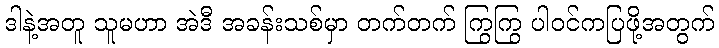
ဒါနဲ့အတူ သူမဟာ အဲဒီ အခန်းသစ်မှာ တက်တက် ကြွကြွ ပါဝင်ကပြဖို့အတွက်